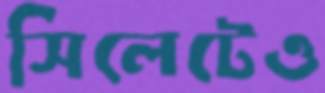
সিলেটেও